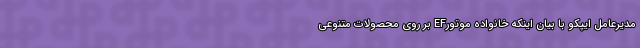
مدیرعامل ایپکو با بیان اینکه خانواده موتورEF بر روی محصولات متنوعی